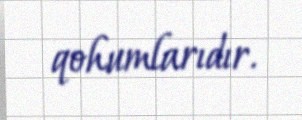
qohumlarıdır.